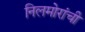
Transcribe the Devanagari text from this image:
निलमोरांची